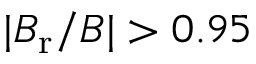
\vert B _ { \mathrm { r } } / B \vert > 0 . 9 5